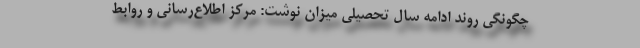
چگونگی روند ادامه سال تحصیلی میزان نوشت: مرکز اطلاع‌رسانی و روابط